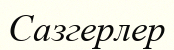
Сазгерлер